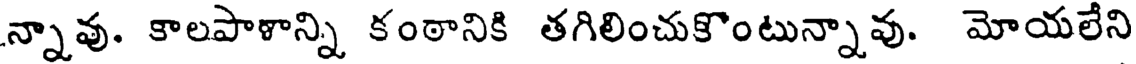
న్నావు. కాలపాళాన్ని కంఠానికి తగిలించుకొంటున్నావు. మోయలేని